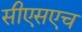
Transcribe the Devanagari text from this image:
सीएसएच